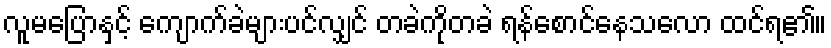
လူမပြောနှင့် ကျောက်ခဲများပင်လျှင် တခဲကိုတခဲ ရန်စောင်နေသလော ထင်ရ၏။